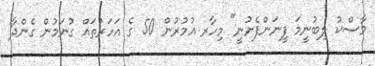
މާސްކު ލިބުނީމަ ފީނަންފެށުނީ" މިހާރ އުމުރުން 50 ގެ އަހަރުތައް ގުނަމުން ގެންދާ